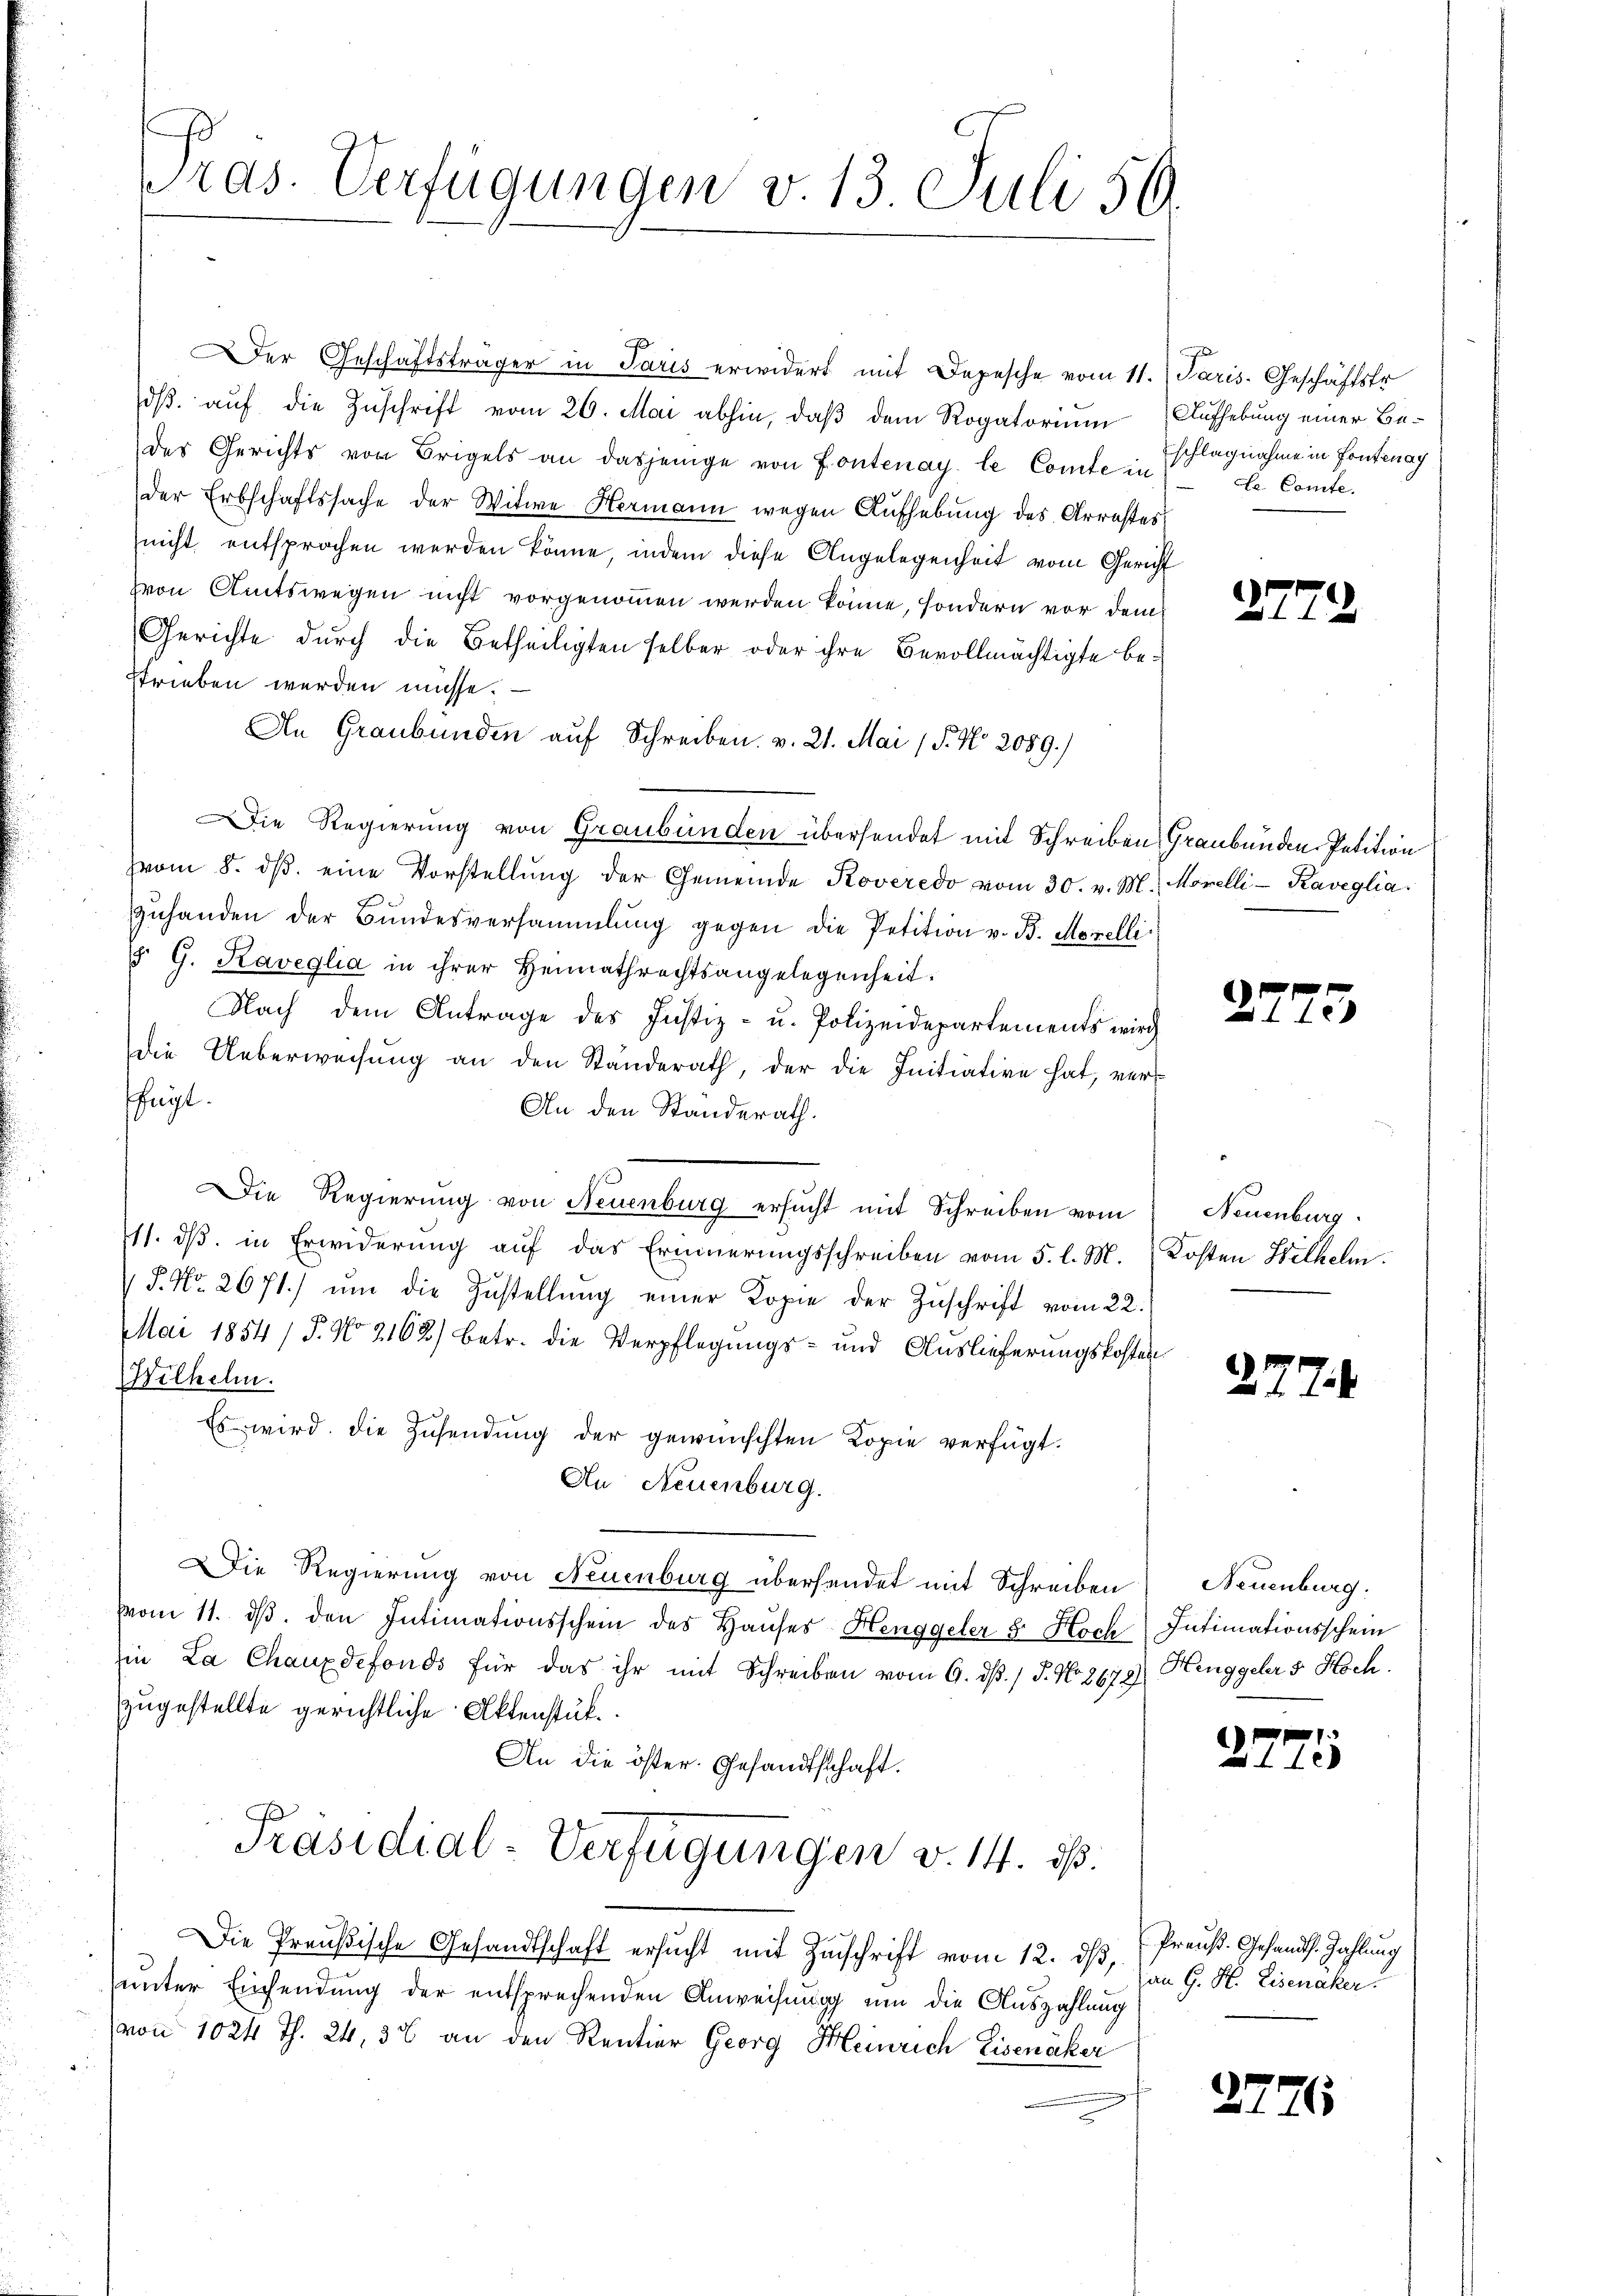
Der Geschäftsträger in Paris erwidert mit Depesche vom 11.
dβ aŭf die Zuschrift vom 26. Mai abhin, daβ dem Rogatorium
des Gerichts von Brigels an dasjenige von Fontenay, le Comte in
der Erbschaftssache der Witwe Hermann wegen Aufhebung des Arrester
nicht entsprochen werden könne, indem diese Angelegenheit vom Gervon Amtswegen nicht vorgenommen werden könne, sondern vor dem
Gerichte durch die Betheiligten selber oder ihre Bevollmächtigte bestrieben werden müsse.
An Graubünden auf Schreiben. v. 21. Mai (P. Nr. 2089.)
ie Regierung von Graubünden übersendet mit Schreiben Graubünden Petition
vom 8. dβ eine Vorstellŭng der Gemeinde Roveredo vom 30. v. M. Morelli-Raveglia
zuhanden der Bŭndesversammlung gegen die Petition v. B. Morelli
§. G. Kaveglia in ihrer Heimathrechtsangelegenheit.
Nach dem Antrage des Justiz- u. Polizeidepartements wird
die Ueberweisung an den Ständerath, der die Initiative hat, ver-
ffügt.
An den Standerath.
Die Regierung von Neuenburg ersŭcht mit Schreiben vom
111. ds. in Erwiderung auf das Erinnerungsschreiben vom 5. l. M.
 P. Nr. 2671. ŭm die Zŭstellŭng einer Kopie der Zŭschrift vom 22.
Mai 1854 / 5. No 2162) betr. die Verpflegungs- und Auslieferungskosten
Wilhelm.
Es wird die Zusendung der gewünschten Kopie verfügt.
An Neuenburg.
Die Regierung von Neuenburg überhandet mit Schreiben) Neuenburg.
vom 11. dβ. den Intimationsschein des Haŭses Henggeler 5. Hoch Intimationsschein
hin La Chauxdefonds für das ihr mit Schreiben vom 9. dß. / 5. No 2678 Henggeler 5 Hoch
zugestellte gerichtliche Aktenstük
An die öster. Gesandtschaft.
Präsidial-Verfügungen v. 14. ds.
Die Preußische Gesandtschaft ersucht mit Zuschrift vom 12. ds, (Preuß. Gesandt. Zahlung
unter Einsendung der entsprechenden Anweisung um die Auszahlung
von 1024 Th. 24, 3% an den Rentier Georg Heinrich Eisenäker
.

ras. Verfügungen v. 13. Juli 56

Paris. Geschäftstr
Aufhebung einer Beschlagnahme in Fontenay
Le Comte.

2

5

Neuenburg.
Kosten Wilhelm.

277.

en

2.

37

22

15

an G. H. Eisenaker

2776